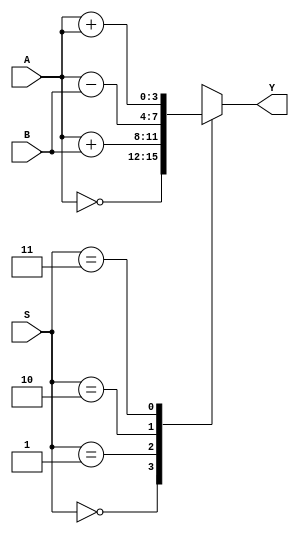
module ALU_beh(
    input [3:0] A,
    input [3:0] B,
    input [1:0] S,
    output [3:0] Y
    );

reg [3:0] Y;

always @(A or B or S) begin

	case (S)
		2'b00: Y = ~A;
		2'b01: Y = A + B;
		2'b10: Y = A - B;
		2'b11: Y = A + A;
	endcase
	
end
endmodule